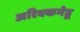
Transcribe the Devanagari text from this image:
अरिक्कमेडू